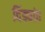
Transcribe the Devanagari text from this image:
दिंड्यांत